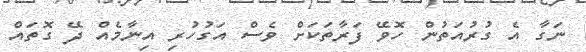
ނަގާ އެ ގުރުއަތުން ހޮވޭ ފަރާތަކަށް ވެސް އަގުހުރި އިނާމެއް ދޭ ގޮތައް